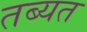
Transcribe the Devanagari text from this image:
तब्यत